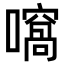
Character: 𡁮